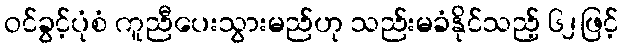
ဝင်ခွင့်ပုံစံ ကူညီပေးသွားမည်ဟု သည်းမခံနိုင်သည့် ၆၂ဖြင့်